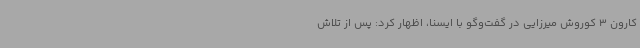
کارون 3 کوروش میرزایی در گفت‌وگو با ایسنا، اظهار کرد: پس از تلاش